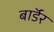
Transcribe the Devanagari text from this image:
बाॅर्डर